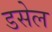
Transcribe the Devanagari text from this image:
डसेल